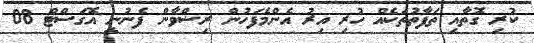
ކުރި ގޮތާއި ތަފާތުތަކެއް ހުރި އިރު އެންމެފަހުން ރިޟްވާން ފެނުނީ އޮގަސްޓް 08